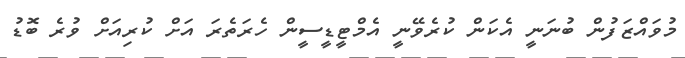
މުވައްޒަފުން ބުނަނީ އެކަން ކުރެވޭނީ އެމްޓީޑީސީން ހެރަތެރަ އަށް ކުރިއަށް ވުރެ ބޮޑު